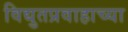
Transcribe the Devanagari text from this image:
विद्युतप्रवाहाच्या